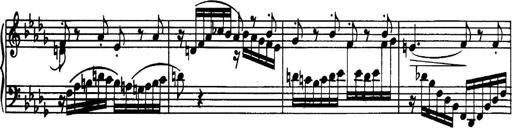
Title: 3 Sonatinas, Op.67
Composer: Jean Sibelius